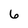
Character: 6